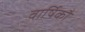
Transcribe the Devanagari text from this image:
वार्षिकौ